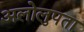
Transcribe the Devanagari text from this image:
अलोलुपता